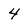
Character: 4